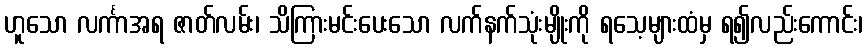
ဟူသော လင်္ကာအရ ဇာတ်လမ်း၊ သိကြားမင်းပေးသော လက်နက်သုံးမျိုးကို ရသေ့များထံမှ ရ၍လည်းကောင်း၊